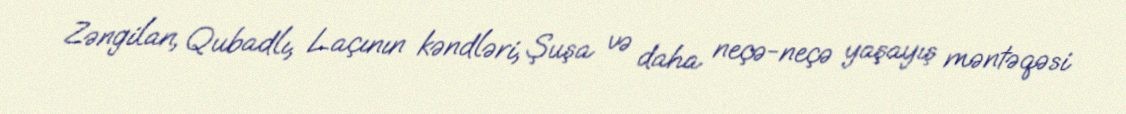
Zəngilan, Qubadlı, Laçının kəndləri, Şuşa və daha neçə-neçə yaşayış məntəqəsi